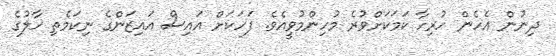
ދިނުން އެހެން ހުރިހާ ކަމަކަށްވުރެ މުހިންމުވީއެވެ. ފަހަކަށް އައިސް އައިޒަންގެ ނިކަމެތި ހާލުގެ